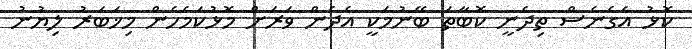
ކޮޅު އެގެނެސް ތިދެނީ ކޮބާތަ ބޭނުމަކީ އެދެން ވަރަށް މޮޅުކަމެހެން މިޚަބަރު ލިޔުނު